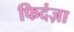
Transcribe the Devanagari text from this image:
फिदंज़ा